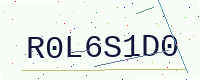
Text: R0L6S1D0